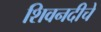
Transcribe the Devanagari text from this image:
शिवनदीचे